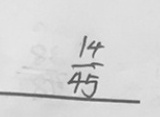
\frac { 1 4 } { 4 5 }